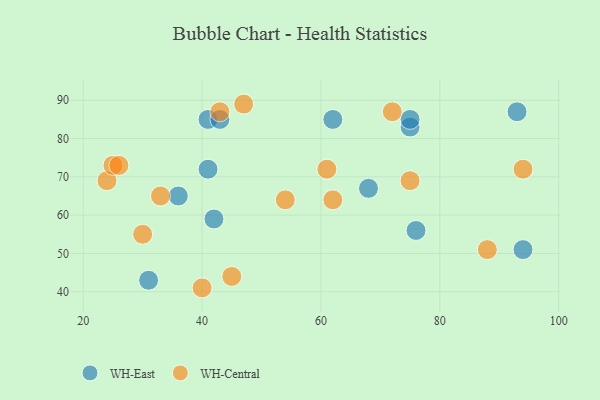
{"axis": {"x": "GDP", "y": "Life Expectancy"}, "legend": ["WH-Central", "WH-East"], "data": [{"x": "31", "y": 43, "type": "WH-East"}, {"x": "93", "y": 87, "type": "WH-East"}, {"x": "41", "y": 72, "type": "WH-East"}, {"x": "41", "y": 85, "type": "WH-East"}, {"x": "42", "y": 59, "type": "WH-East"}, {"x": "76", "y": 56, "type": "WH-East"}, {"x": "62", "y": 85, "type": "WH-East"}, {"x": "94", "y": 51, "type": "WH-East"}, {"x": "43", "y": 85, "type": "WH-East"}, {"x": "75", "y": 83, "type": "WH-East"}, {"x": "68", "y": 67, "type": "WH-East"}, {"x": "75", "y": 85, "type": "WH-East"}, {"x": "36", "y": 65, "type": "WH-East"}, {"x": "24", "y": 69, "type": "WH-Central"}, {"x": "62", "y": 64, "type": "WH-Central"}, {"x": "43", "y": 87, "type": "WH-Central"}, {"x": "40", "y": 41, "type": "WH-Central"}, {"x": "88", "y": 51, "type": "WH-Central"}, {"x": "25", "y": 73, "type": "WH-Central"}, {"x": "72", "y": 87, "type": "WH-Central"}, {"x": "26", "y": 73, "type": "WH-Central"}, {"x": "54", "y": 64, "type": "WH-Central"}, {"x": "30", "y": 55, "type": "WH-Central"}, {"x": "33", "y": 65, "type": "WH-Central"}, {"x": "45", "y": 44, "type": "WH-Central"}, {"x": "47", "y": 89, "type": "WH-Central"}, {"x": "75", "y": 69, "type": "WH-Central"}, {"x": "94", "y": 72, "type": "WH-Central"}, {"x": "61", "y": 72, "type": "WH-Central"}]}